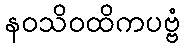
နဝသိဝထိကပဗ္ဗံ